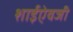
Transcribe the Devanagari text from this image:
शाईऐवजी